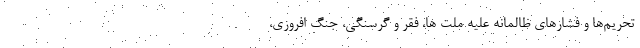
تحریم‌ها و فشار‌های ظالمانه علیه ملّت ها، فقر و گرسنگی، جنگ افروزی،